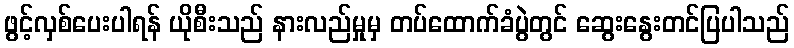
ဖွင့်လှစ်ပေးပါရန် ယိုစီးသည် နားလည်မှုမှ တပ်ထောက်ခံပွဲတွင် ဆွေးနွေးတင်ပြပါသည်